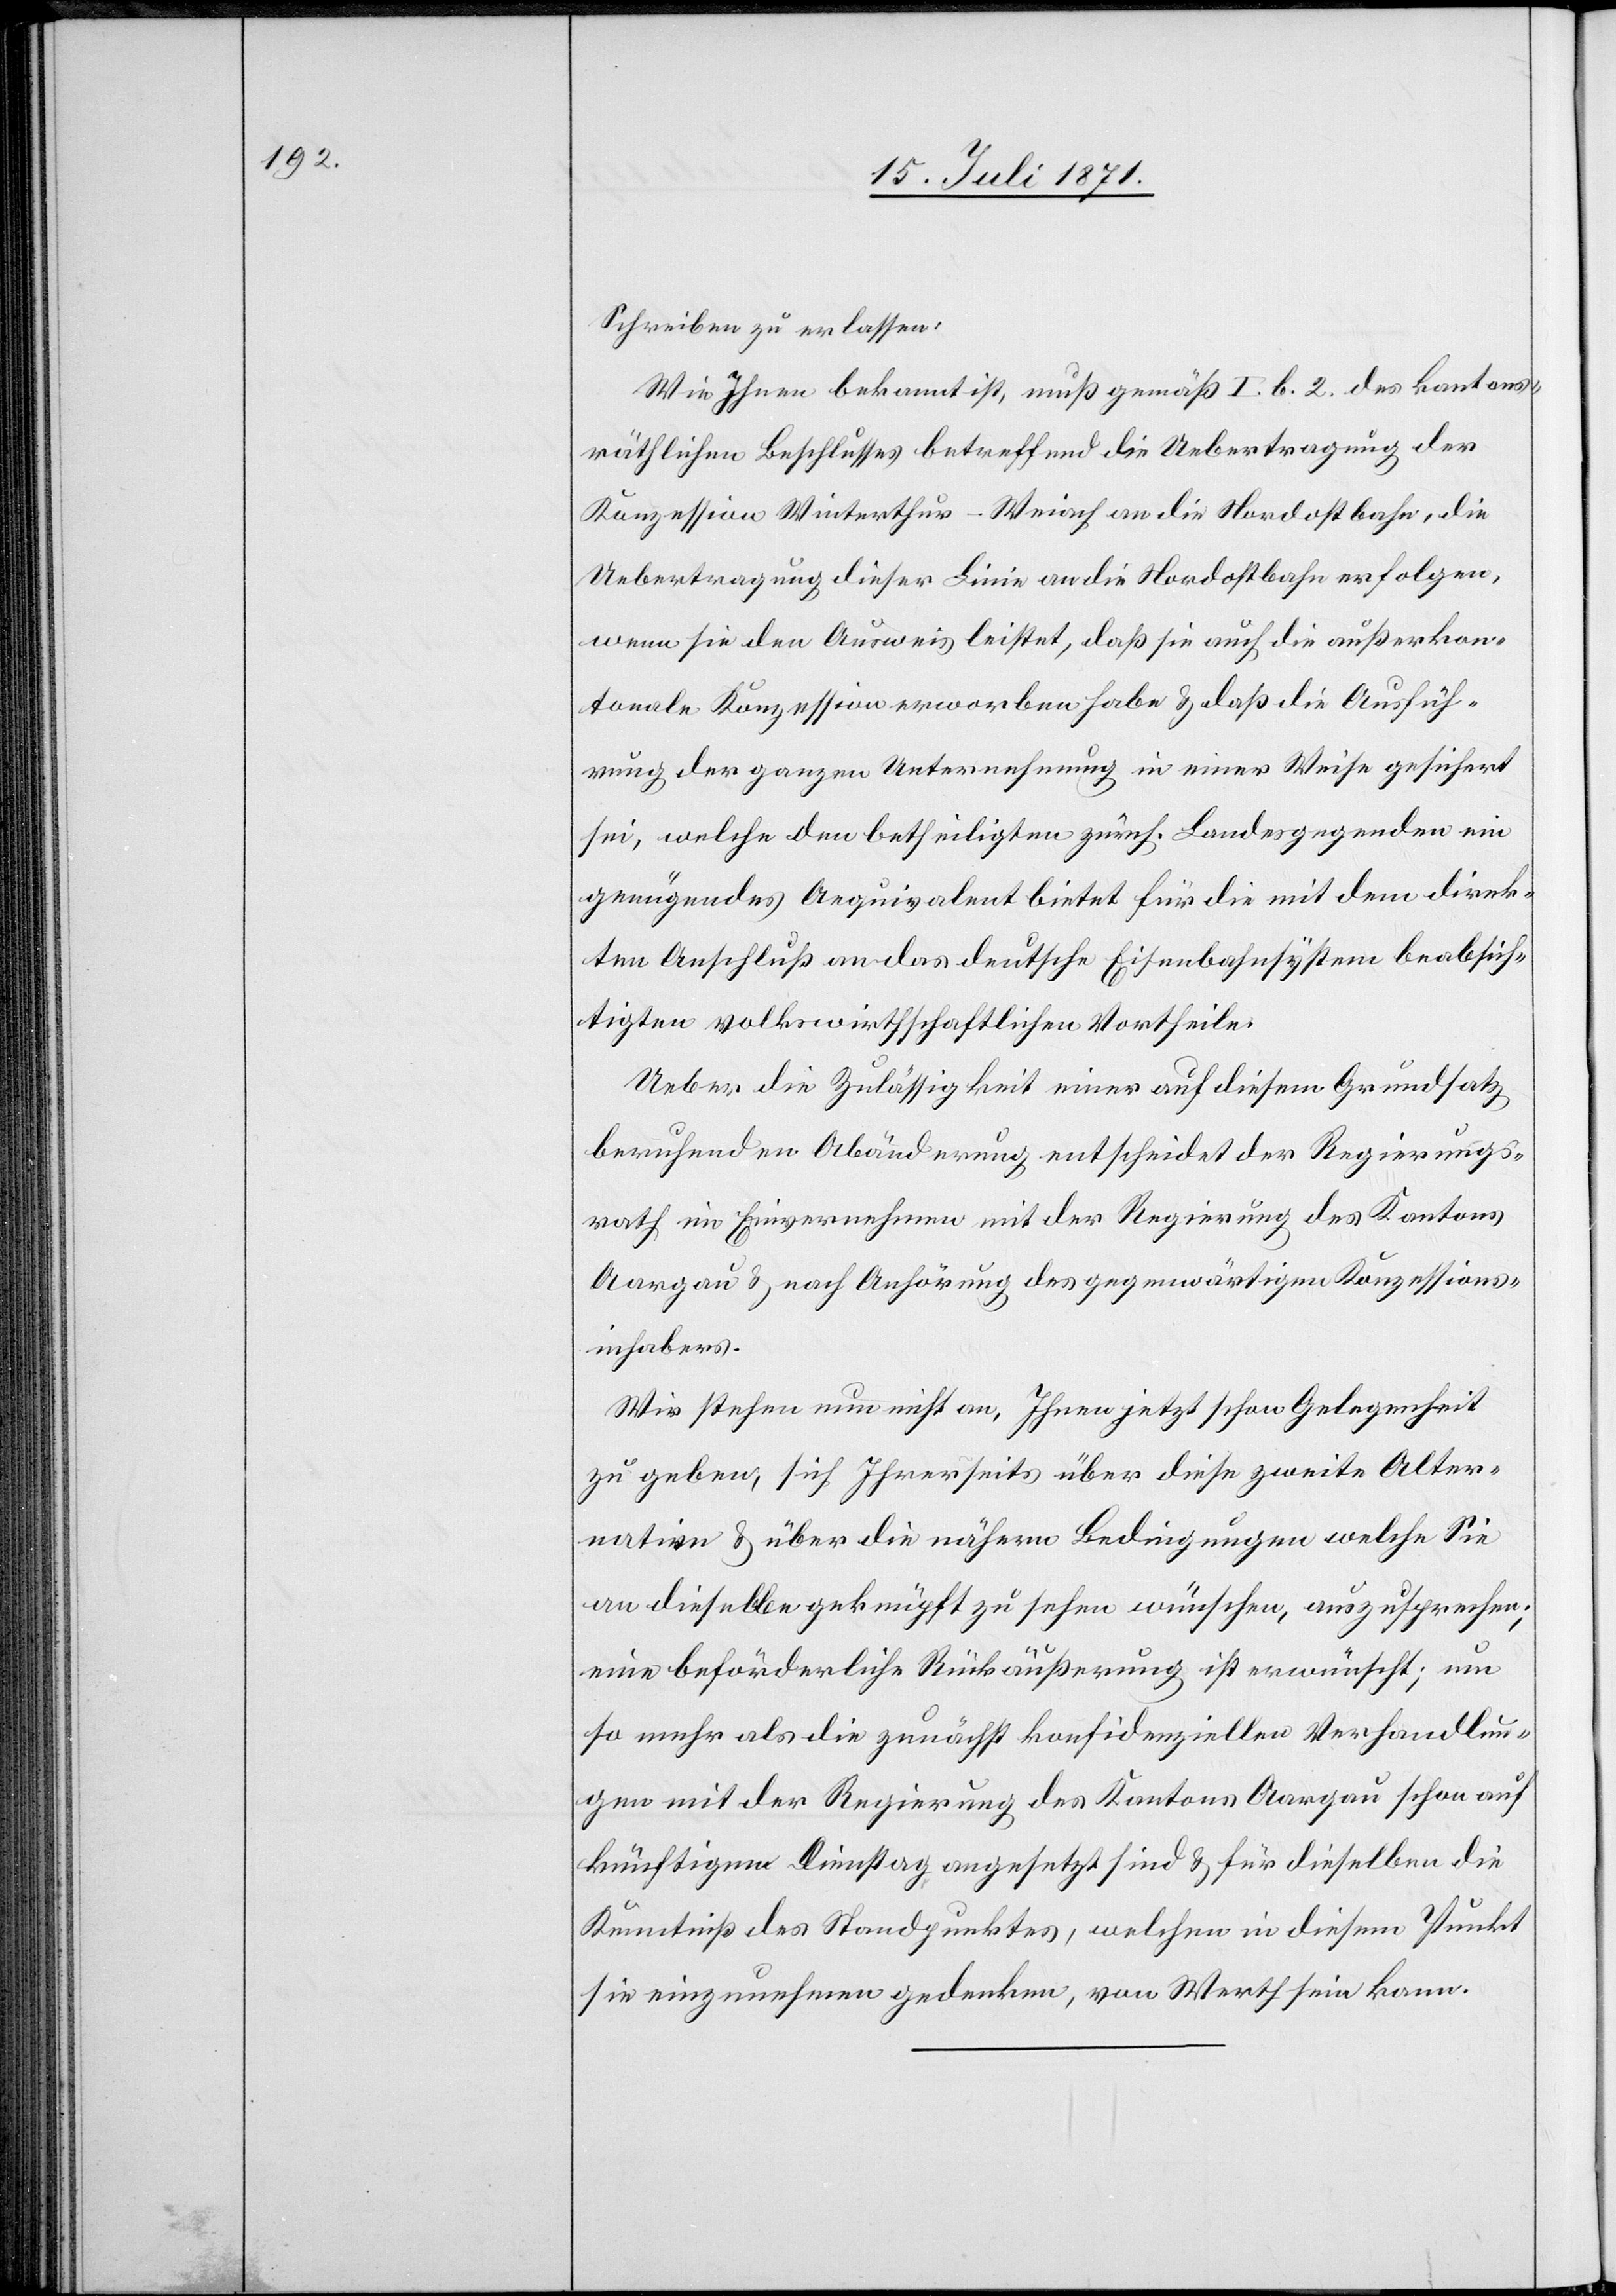
Schreiben zu erlassen:
Wie Ihnen bekannt ist, muß gemäß I. b. 2. des kantons¬
räthlichen Beschlusses betreffend die Uebertragung der
Konzession Winterthur-Weiach an die Nordostbahn, die
Uebertragung dieser Linie an die Nordostbahn erfolgen,
wenn sie den Ausweis leistet, daß sie auch die außerkan¬
tonale Konzession erworben habe u. daß die Ausfüh¬
rung der ganzen Unternehmung in einer Weise gesichert
sei, welche den betheiligten zürch. Landesgegenden ein
genügendes Aequivalent bietet für die mit dem direk¬
ten Anschluß an das deutsche Eisenbahnsystem beabsich¬
tigten volkswirthschaftlichen Vortheile.
Ueber die Zulässigkeit einer auf diesem Grundsatz
berufenden Abänderung entscheidet der Regierungs¬
rath im Einvernehmen mit der Regierung des Kantons
Aargau u. nach Anhörung des gegenwärtigen Konzessions¬
inhabers.
Wir stehen um nichts an, Ihnen jetzt schon Gelegenheit
zu geben, sich Ihrerseits über diese zweite Alter¬
native u. über die nähern Bedingungen welche Sie
an dieselbe geknüpft zu sehen wünschen, auszusprechen;
eine beförderliche Rückäußerung ist erwünscht; um
so mehr als die zunächst konfidenziellen Verhandlun¬
gen mit der Regierung des Kantons Aargau schon auf
künftigem Dienstag angesetzt sind u. für dieselben die
Kenntniß des Standpunktes, welchen in diesem Punkt
sie einzunehmen gedenken, von Werth sein kann.